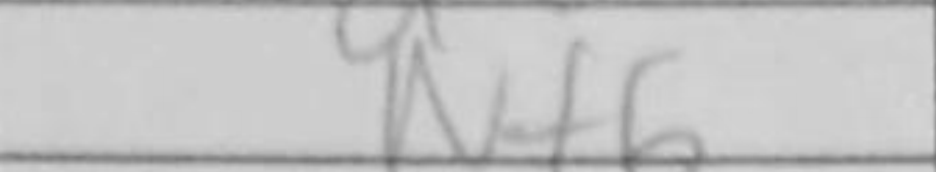
Transcription: Nf6